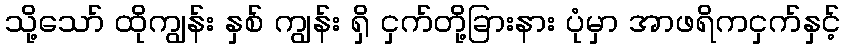
သို့သော် ထိုကျွန်း နှစ် ကျွန်း ရှိ ငှက်တို့ခြားနား ပုံမှာ အာဖရိကငှက်နှင့်